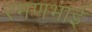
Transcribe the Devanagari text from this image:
रमणभाई